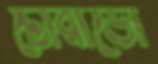
টোরাডো